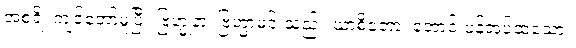
အစရိ၊ ကျင့်တော်မူပြီ။ ဗြဟ္မုနာ၊ ဗြဟ္မာမင်းသည်။ ယာစိတော၊ တောင်းပန်အပ်ထသော။